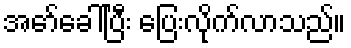
အော်ခေါ်ပြီး ပြေးလိုက်လာသည်။